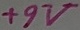
Text: +9V